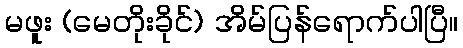
မဖူး (မေတိုးခိုင်) အိမ်ပြန်ရောက်ပါပြီ။